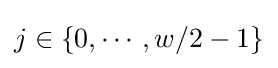
j\in \{0,\cdots ,w/2-1\}